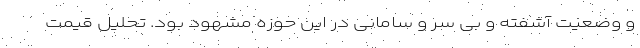
و وضعیت آشفته و بی سر و سامانی در این حوزه مشهود بود. تحلیل قیمت